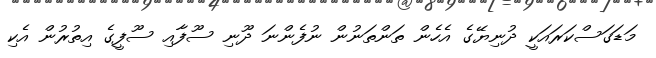
މަޑަގަސްކަރައަކީ ދުނިޔޭގެ އެހެން ތަންތަނުން ނުފެންނަ ދޫނި ސޫފާއި ސޫފީގެ އިތުރުން އެކި